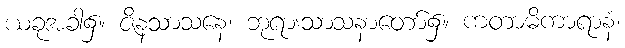
ယခုအခါ၌။ ဇိနသာသနေ၊ ဘုရားသာသနာတော်၌။ ကတာဓိကာရာနံ၊